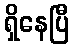
ရှိနေပြီ